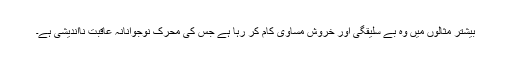
بیشتر مثالوں میں وہ بے سلیقگی اور خروش مساوی کام کر رہا ہے جس کی محرک نوجوانانہ عاقبت نااندیشی ہے۔